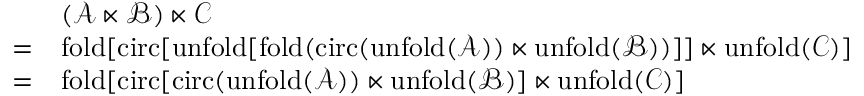
\begin{array} { r l } & { ( \mathcal { A } \ltimes \mathcal { B } ) \ltimes \mathcal { C } } \\ { = } & { \mathrm { f o l d } [ \mathrm { c i r c } [ \mathrm { u n f o l d } [ \mathrm { f o l d } ( \mathrm { c i r c } ( \mathrm { u n f o l d } ( \mathcal { A } ) ) \ltimes \mathrm { u n f o l d } ( \mathcal { B } ) ) ] ] \ltimes \mathrm { u n f o l d } ( \mathcal { C } ) ] } \\ { = } & { \mathrm { f o l d } [ \mathrm { c i r c } [ \mathrm { c i r c } ( \mathrm { u n f o l d } ( \mathcal { A } ) ) \ltimes \mathrm { u n f o l d } ( \mathcal { B } ) ] \ltimes \mathrm { u n f o l d } ( \mathcal { C } ) ] } \end{array}